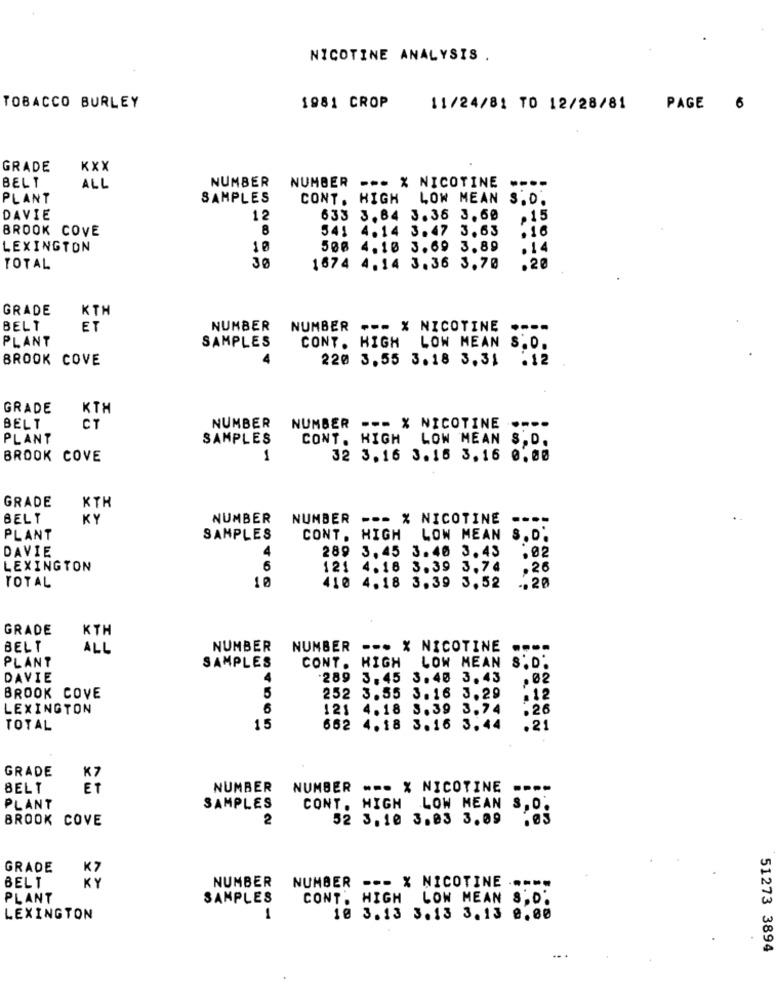
NICOTINE ANALYSIS .
TOBACCO BURLEY
1981 CROP
11/24/81 TO 12/28/81
PAGE
6
GRADE
KXX
BELT
NUMBER
NUMBER --- X NICOTINE
----
ALL
PLANT
SAMPLES
CONT. HIGH LOW MEAN S.D.
DAVIE
12
633 3.84 3.36 3.60
.15
BROOK COVE
8
541 4.14 3.47 3.63
.16
LEXINGTON
10
500 4.10 3.69 3.89
.14
30
TOTAL
1674 4.14 3.36 3.70
.20
GRADE
KTH
BELT
ET
NUMBER
NUMBER --- % NICOTINE
----
PLANT
SAMPLES
CONT. HIGH LOW MEAN
S.O.
BROOK COVE
220 3.55 3.18 3.31
.12
GRADE
KTH
BELT
CT
NUMBER
NUMBER --- X NICOTINE ....
PLANT
SAMPLES
CONT. HIGH LOW MEAN
S. D .
BROOK COVE
1
32 3.16 3.16 3.16 0.00
GRADE
KTH
BELT
KY
NUMBER
NUMBER --- X NICOTINE
.---
PLANT
SAMPLES
CONT. HIGH LOW MEAN S. D.
DAVIE
289 3,45 3.40 3.43
.02
LEXINGTON
6
121 4.18 3.39 3.74
.26
TOTAL
.. 20
410 4.18 3.39 3.52
GRADE
KTH
BELT
ALL
NUMBER
NUMBER --. X NICOTINE
PLANT
SAMPLES
CONT. HIGH LOW MEAN
DAVIE
4
.289 3, 45 3.40 3. 43
.02
5
BROOK COVE
252 3.55 3.16 3.29
12
LEXINGTON
6
121 4.18 8.39 3.74
.26
TOTAL
15
662 4.18 3.16 3.44
.21
GRADE
K7
BELT
ET
NUMBER
NUMBER --- X NICOTINE
----
PLANT
SAMPLES
CONT. HIGH LOW MEAN
BROOK COVE
2
52 3.10 3.03 3.09
GRADE
K7
NUMBER
BELT
KY
NUMBER --- X NICOTINE -----
PLANT
SAMPLES
CONT. HIGH
LOW MEAN 8,0.
LEXINGTON
1
10 3.13 3.13 3.13 0.00
51273 3894